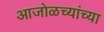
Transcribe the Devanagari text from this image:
आजोळच्यांच्या